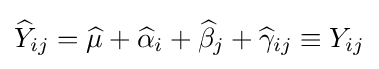
{\widehat {Y}}_{ij}={\widehat {\mu }}+{\widehat {\alpha }}_{i}+{\widehat {\beta }}_{j}+{\widehat {\gamma }}_{ij}\equiv Y_{ij}